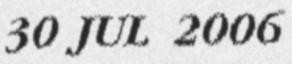
30 JUL 2006